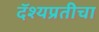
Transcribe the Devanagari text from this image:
दॅश्यप्रतीचा